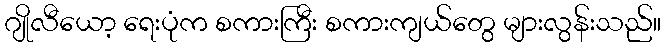
ဂျိုလီယော့ ရေးပုံက စကားကြီး စကားကျယ်တွေ များလွန်းသည်။